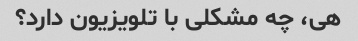
هی، چه مشکلی با تلویزیون دارد؟